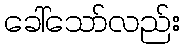
ခေါ်သော်လည်း